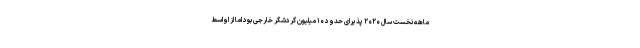
ماهه نخست سال ۲۰۲۰ پذیرای حدود ۱۰ میلیون گردشگر خارجی بود اما از اواسط